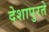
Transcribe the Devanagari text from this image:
देशापुरते